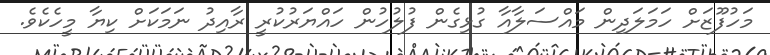
މަހުފޫޒަށް ހަމަލަދިން މައްސަލާއާ ގުޅިގެން ފުލުހުން ހައްޔަރުކުރީ ރާއިދު ނަމަކަށް ކިޔާ މީހެކެވެ.